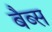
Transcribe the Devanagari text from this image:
बैब्स